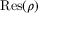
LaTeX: { \mathrm { R e s } } ( \rho )